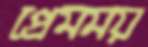
প্রেমময়